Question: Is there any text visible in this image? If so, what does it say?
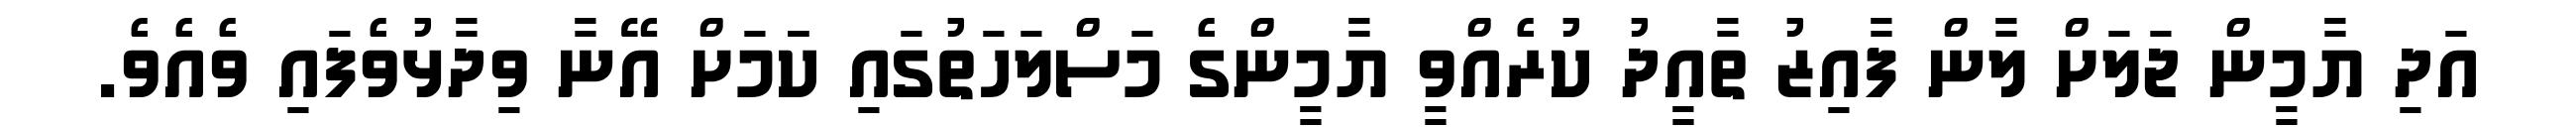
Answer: އަދި ޔާމީން ޖަލަށް ލާން ފާއިޒު ތާއީދު ކުރެއްވީ ޔާމީންގެ މަސްލަހަތުގައި ކަަމަށް އޭނާ ވިދާޅުވެފައި ވެއެވެ.